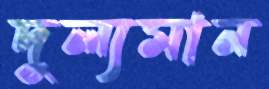
দুল্যমান